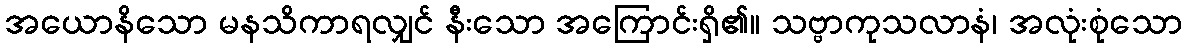
အယောနိသော မနသိကာရလျှင် နီးသော အကြောင်းရှိ၏။ သဗ္ဗာကုသလာနံ၊ အလုံးစုံသော